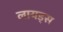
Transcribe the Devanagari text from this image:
लायड्स